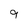
Character: 9